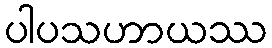
ပါပသဟာယဿ